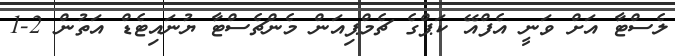
ލެސްޓާ އަށް ވަނީ އެފްއޭ ކަޕްގެ ޗެމްޕިއަން މެންޗެސްޓާ ޔުނައިޓެޑް އަތުން 2-1